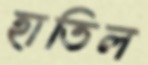
হাতিল